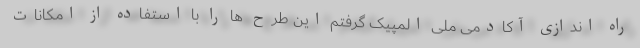
راه اندازی آکادمی ملی المپیک گرفتم این طرح ها را با استفاده از امکانات